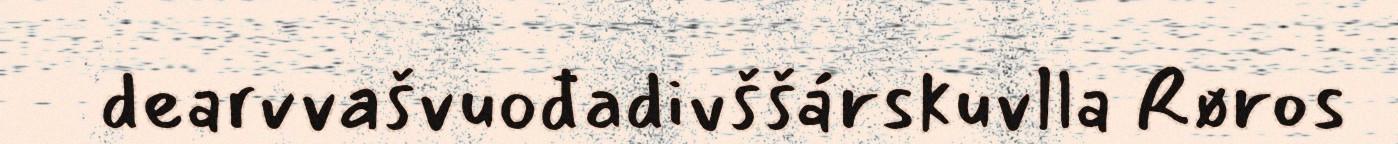
dearvvašvuođadivššárskuvlla Røros